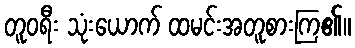
တူဝရီး သုံးယောက် ထမင်းအတူစားကြ၏။